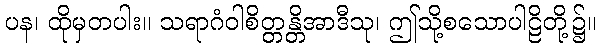
ပန၊ ထိုမှတပါး။ သရာဂံဝါစိတ္တန္တိအာဒီသု၊ ဤသို့စသောပါဠိတို့၌။